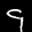
Label: 9